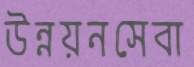
উন্নয়নসেবা